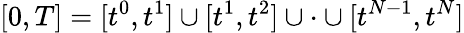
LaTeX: [0,T]=[t^{0},t^{1}]\cup[t^{1},t^{2}]\cup\cdot\cup[t^{N-1},t^{N}]